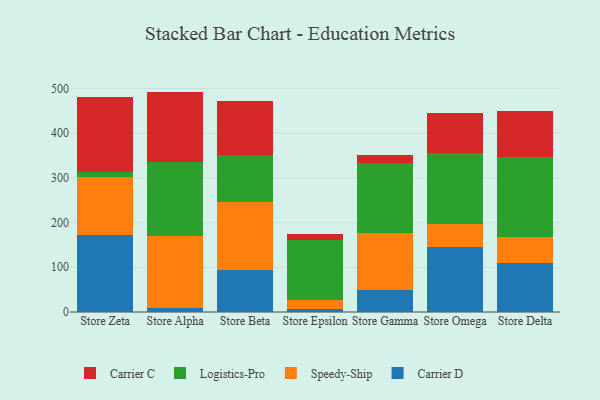
{"axis": {"x": "Store", "y": "Operating Costs (USD K)"}, "legend": ["Carrier C", "Carrier D", "Logistics-Pro", "Speedy-Ship"], "data": [{"x": "Store Zeta", "y": 171.7, "type": "Carrier D"}, {"x": "Store Zeta", "y": 131.1, "type": "Speedy-Ship"}, {"x": "Store Zeta", "y": 10.0, "type": "Logistics-Pro"}, {"x": "Store Zeta", "y": 167.8, "type": "Carrier C"}, {"x": "Store Alpha", "y": 9.4, "type": "Carrier D"}, {"x": "Store Alpha", "y": 159.5, "type": "Speedy-Ship"}, {"x": "Store Alpha", "y": 165.7, "type": "Logistics-Pro"}, {"x": "Store Alpha", "y": 158.4, "type": "Carrier C"}, {"x": "Store Beta", "y": 94.9, "type": "Carrier D"}, {"x": "Store Beta", "y": 150.9, "type": "Speedy-Ship"}, {"x": "Store Beta", "y": 106.3, "type": "Logistics-Pro"}, {"x": "Store Beta", "y": 119.9, "type": "Carrier C"}, {"x": "Store Epsilon", "y": 7.5, "type": "Carrier D"}, {"x": "Store Epsilon", "y": 19.0, "type": "Speedy-Ship"}, {"x": "Store Epsilon", "y": 134.2, "type": "Logistics-Pro"}, {"x": "Store Epsilon", "y": 14.4, "type": "Carrier C"}, {"x": "Store Gamma", "y": 49.8, "type": "Carrier D"}, {"x": "Store Gamma", "y": 127.2, "type": "Speedy-Ship"}, {"x": "Store Gamma", "y": 156.5, "type": "Logistics-Pro"}, {"x": "Store Gamma", "y": 18.2, "type": "Carrier C"}, {"x": "Store Omega", "y": 145.1, "type": "Carrier D"}, {"x": "Store Omega", "y": 51.7, "type": "Speedy-Ship"}, {"x": "Store Omega", "y": 158.7, "type": "Logistics-Pro"}, {"x": "Store Omega", "y": 88.6, "type": "Carrier C"}, {"x": "Store Delta", "y": 108.7, "type": "Carrier D"}, {"x": "Store Delta", "y": 59.4, "type": "Speedy-Ship"}, {"x": "Store Delta", "y": 179.2, "type": "Logistics-Pro"}, {"x": "Store Delta", "y": 103.4, "type": "Carrier C"}]}